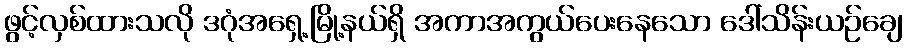
ဖွင့်လှစ်ထားသလို ဒဂုံအရှေ့မြို့နယ်ရှိ အကာအကွယ်ပေးနေသော ဒေါ်သိန်းယဉ်ချေ